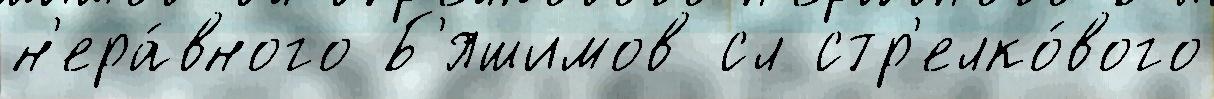
н'ера́вного Б'яшимов сл стр'елко́вого